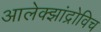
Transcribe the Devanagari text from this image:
आलेक्झांद्रोविच